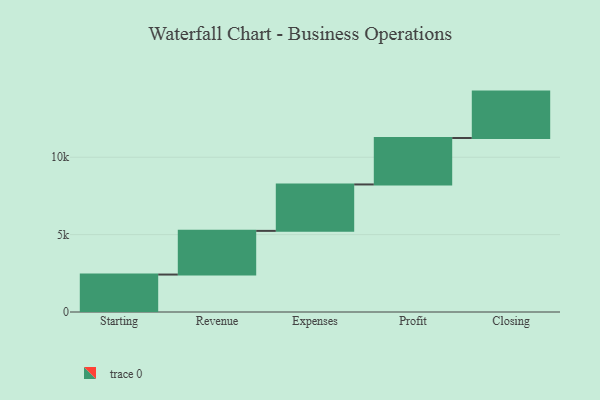
{"axis": {"x": "Step", "y": "Value"}, "legend": [""], "data": [{"x": "Starting", "y": 2420.0, "type": ""}, {"x": "Revenue", "y": 2823.0, "type": ""}, {"x": "Expenses", "y": 3000, "type": ""}, {"x": "Profit", "y": 3000, "type": ""}, {"x": "Closing", "y": 3000, "type": ""}]}